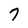
Character: 7